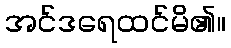
အင်ဒရေထင်မိ၏။